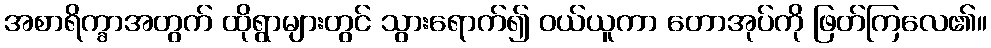
အစာရိက္ခာအတွက် ထိုရွာများတွင် သွားရောက်၍ ဝယ်ယူကာ တောအုပ်ကို ဖြတ်ကြလေ၏။